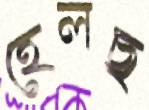
হেলছ